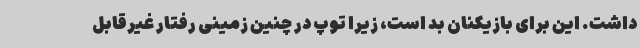
داشت. این برای بازیکنان بد است، زیرا توپ در چنین زمینی رفتار غیرقابل